Leaving Certificate Examination (including Day School Certificate (Higher) General paper), 1926
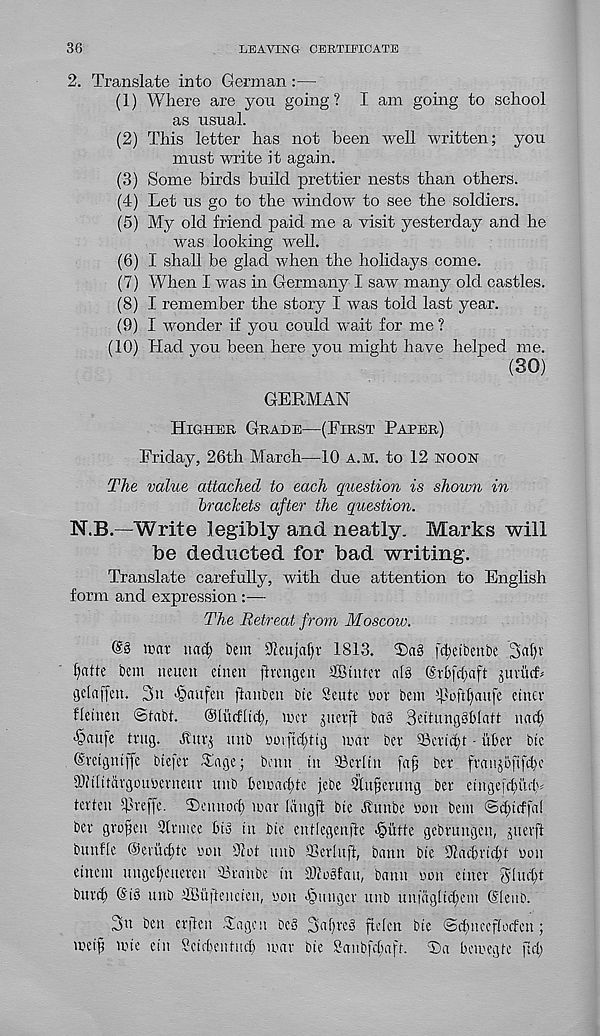
36
LEAVING CERTIEICATE
2. Translate into German:—
(1) Where are you going? I am going to school
as usual.
(2) This letter has not been well written; you
must write it again.
(3) Some birds build prettier nests than others.
(4) Let us go to the window to see the soldiers.
(5) My old friend paid me a visit yesterday and he
was looking well.
(6) I shall be glad when the holidays come.
(7) When I was in Germany I saw many old castles.
(8) I remember the story I was told last year.
(9) I wonder if you could wait for me ?
(10) Had you been here vou might have helped me.
(30)
GERMAN
Higher Grade—(First Paper)
Friday, 26th March—10 a.m. to 12 NOON
The value attached to each question is shown in
brackets after the question.
N.B.—Write legibly and neatly. Marks will
be deducted for bad writing.
Translate carefully, with due attention to English
form and expression:—
The Retreat from Moscow.
@3 mar it ad) tern Sienjalp 1813. T>a3 [djetbenbe
l)atfe bcm mum etnen ftmtgen SBtnter a(3 (Srbfifaft juriicL
gdaffen. 3n >§aufen ftanben bie Scute tor bem $oft^aufe enter
fletueu ©tabt.
Oturflid), mcr juerft baS Bettuuggblatt nad;
'§tiufe trug. Auq uub totftd;tig war ber SBcridp ■ liter btc
Sretgntffe btefer Tage; benn tit ©erlttt fap ber franjoftfd)e
9)?tlttargoutertteur unb teioacfte jebe Stufjeruitg ber eittgejc^iuH
terteu d'reffe. 2)emtoff) war Idugft bte Itunbc ton bent ©d)ttffa(
ber grofett Slrntee ti3 tit bte entlegenfte §iitte gebruttgett, pterft
bunfte @evud)tc ton Slot ititb SSerluft, batttt bie Scactriift ton
etnent ungef)euereu SSraube tit 2)co3fau, battn ton ettter '51ud;t
burd) 6'i3 tttib SBuftencien, ton -hunger unb utt|agltd;eni (Slenb.
3u ben erfteu Tagcn be3 3at)re3 ftelen bte @diiteef(often;
wetf Wte etit Seidentud) war bte Sanbfdjaft. T)a bewegte jtl